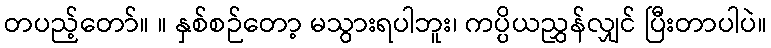
တပည့်တော်။ ။ နှစ်စဉ်တော့ မသွားရပါဘူး၊ ကပ္ပိယညွှန်လျှင် ပြီးတာပါပဲ။